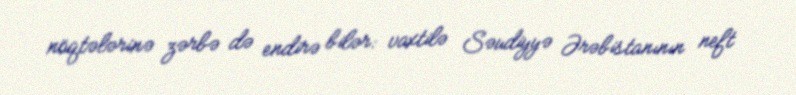
nöqtələrinə zərbə də endirə bilər: vaxtilə Səudiyyə Ərəbistanının neft